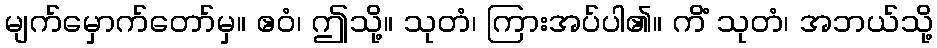
မျက်မှောက်တော်မှ။ ဧဝံ၊ ဤသို့။ သုတံ၊ ကြားအပ်ပါ၏။ ကိံ သုတံ၊ အဘယ်သို့